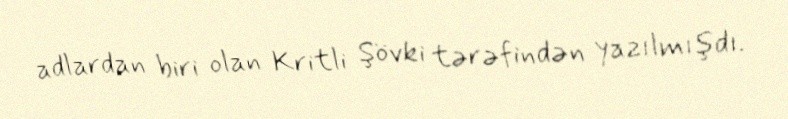
adlardan biri olan Kritli Şövki tərəfindən yazılmışdı.